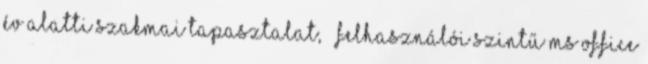
év alatti szakmai tapasztalat, § Felhasználói szintű MS Office